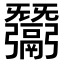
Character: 𢑋